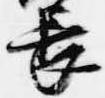
長